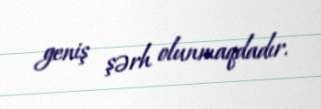
geniş şərh olunmaqdadır.